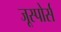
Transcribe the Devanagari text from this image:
जूस्पोर्स